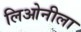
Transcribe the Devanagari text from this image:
लिओनीला